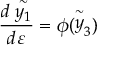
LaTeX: \frac { d \stackrel { \sim } { y _ { 1 } } } { d \varepsilon } = \phi ( \stackrel { \sim } { y } _ { 3 } )